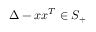
\Delta - x x ^ { T } \in S _ { + }